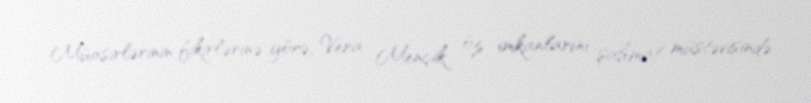
Müasirlərinin fikirlərinə görə, Vera Mençik öz imkanlarını şahmat müstəvisində